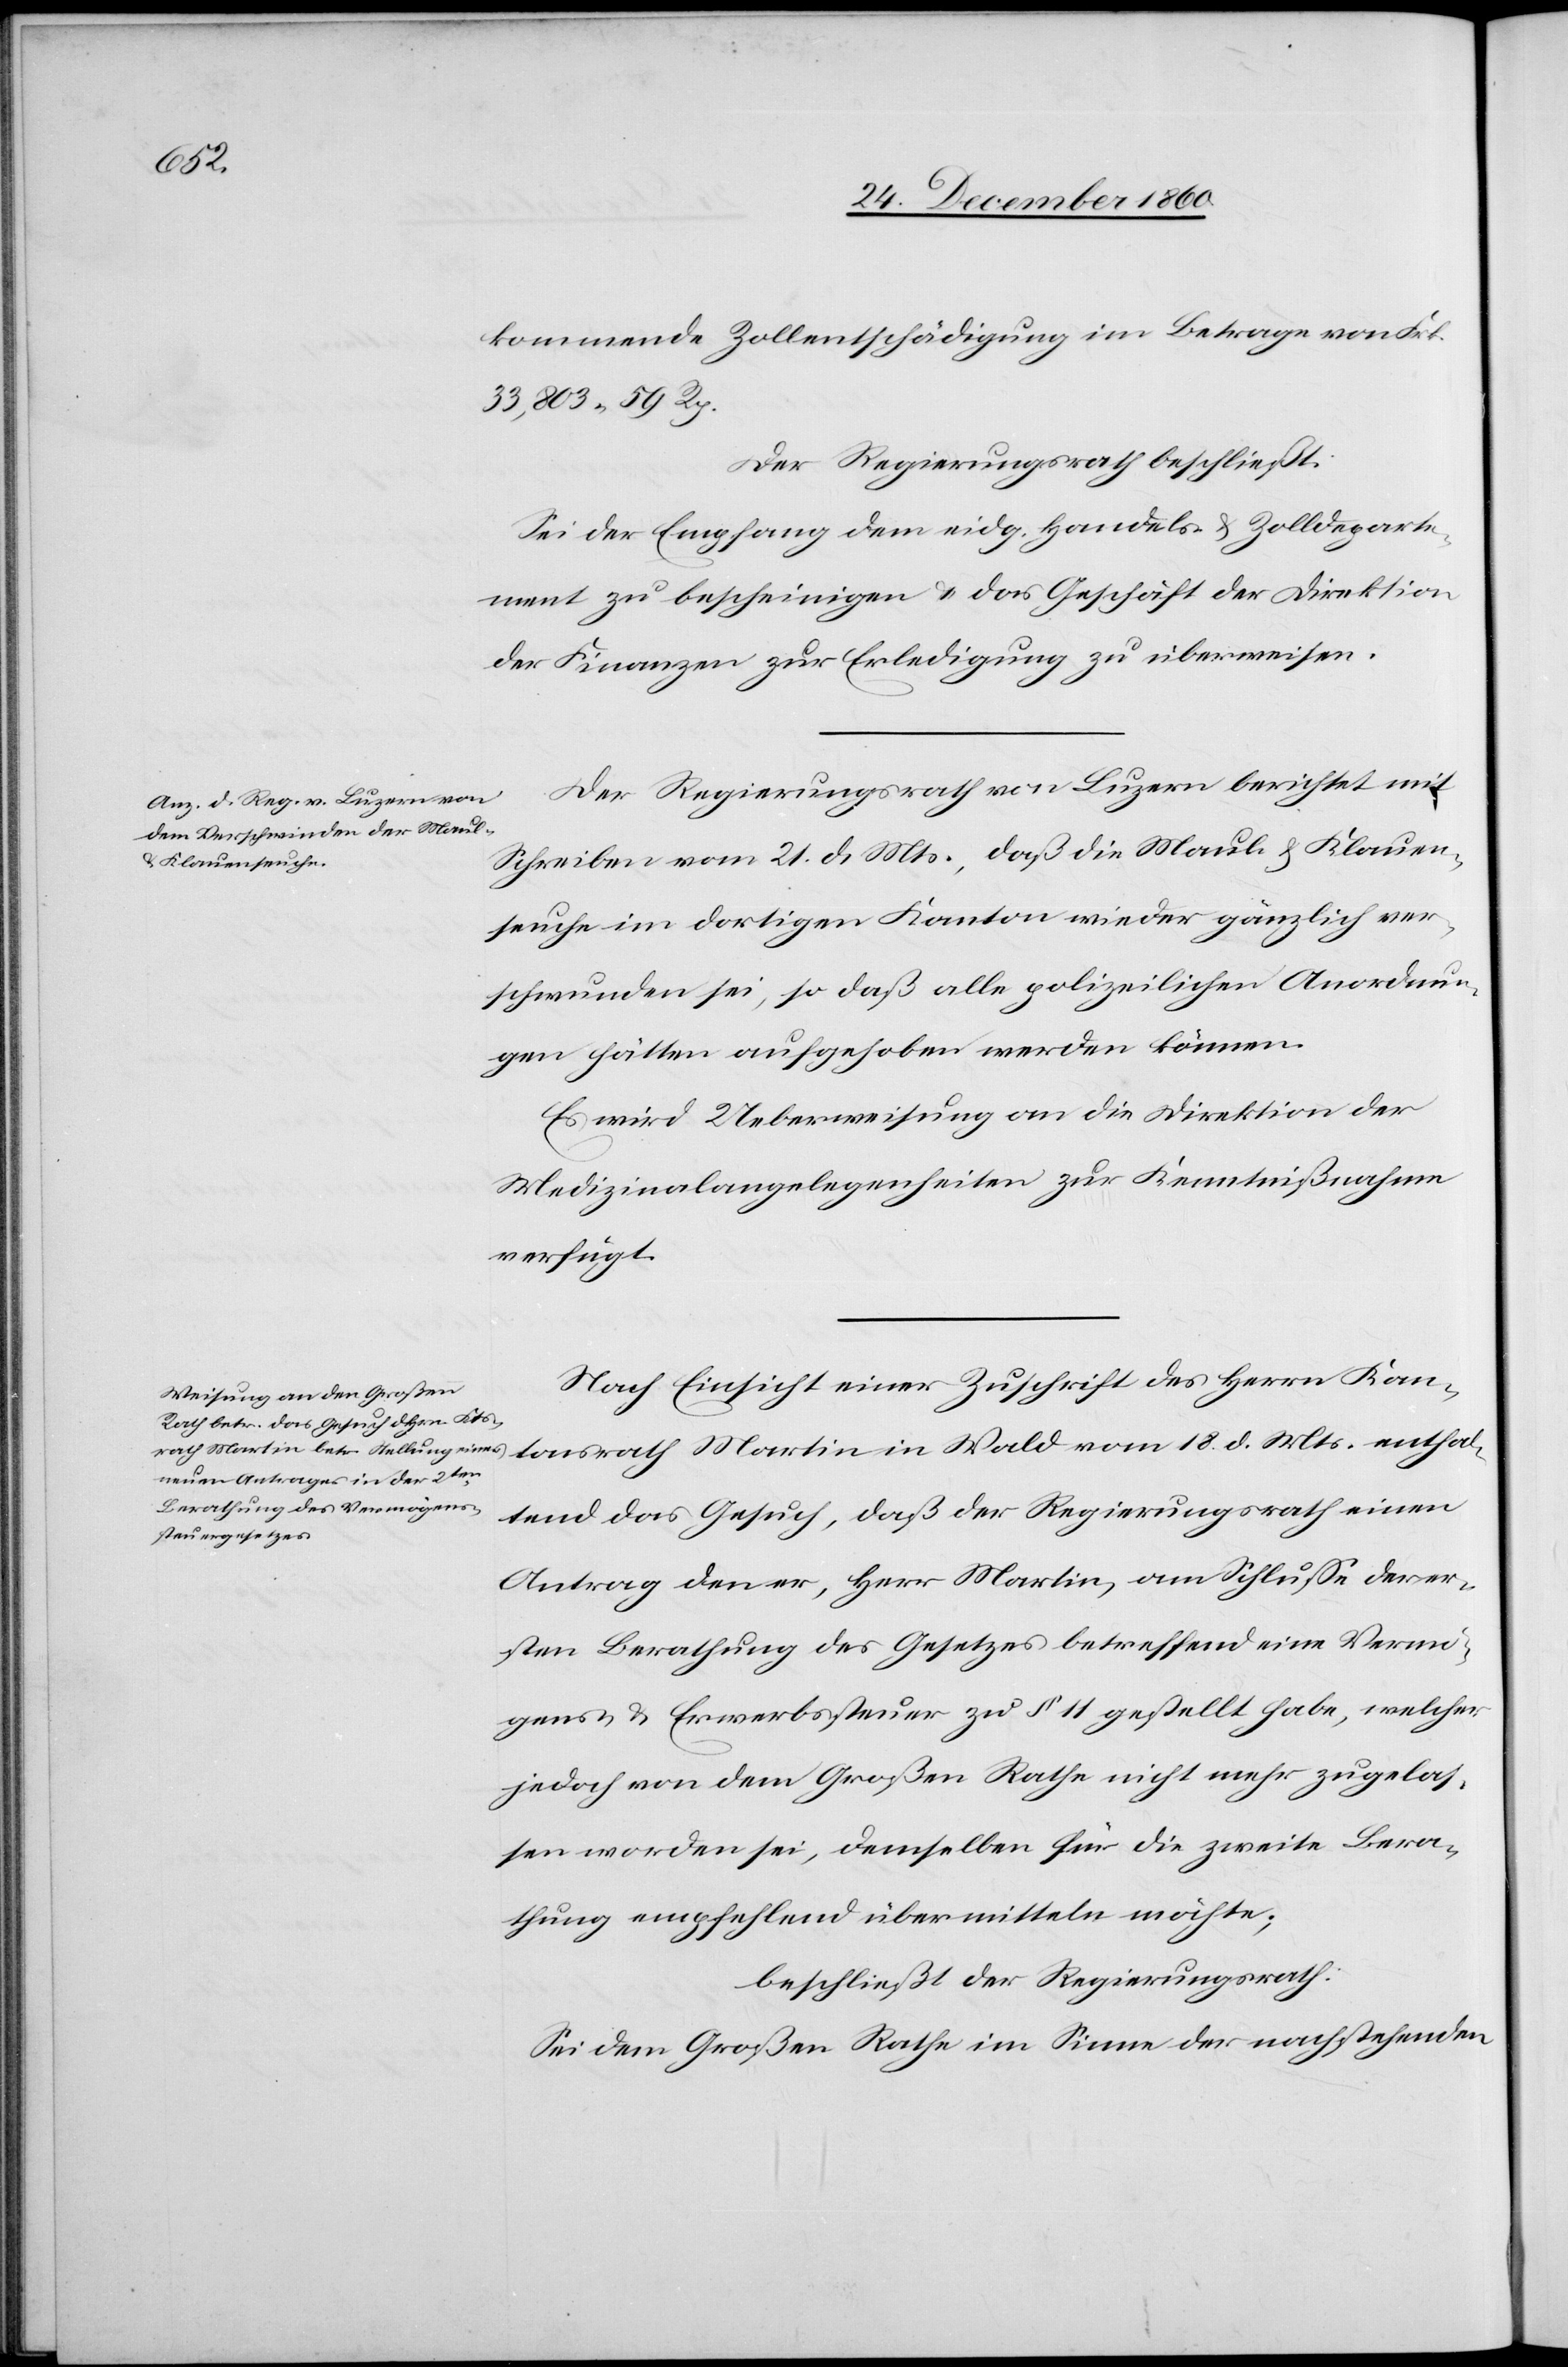
enthal¬
kommende Zollentschädigung im Betrage von Frk.
33,803 59 Rp.
Der Regierungsrath beschließt:
Sei der Empfang dem eidg. Handels- u. Zolldeparte¬
ment zu bescheinigen u. das Geschäft der Direktion
der Finanzen zur Erledigung zu überweisen.
Der Regierungsrath von Luzern berichtet mit
Schreiben vom 21. d. Mts., daß die Maul- u. Klauen¬
seuche im dortigen Kanton wieder gänzlich ver¬
schwunden sei, so daß alle polizeilichen Anordnun¬
gen hätten aufgehoben werden können.
Es wird Ueberweisung an die Direktion der
Medizinalangelegenheiten zur Kenntnißnahme
verfügt.
Nach Einsicht einer Zuschrift des Herrn Kan¬
tend das Gesuch, daß der Regierungsrath einen
Antrag den er, Herr Martin, am Schlusse der er¬
sten Berathung des Gesetzes betreffend eine Vermö¬
gens- u. Erwerbssteuer zu § 11 gestellt habe, welcher
jedoch von dem Großen Rathe nicht mehr zugelas¬
sen worden sei, demselben für die zweite Bera¬
thung empfehlend übermitteln möchte,
beschließt der Regierungsrath
Sei dem Großen Rathe im Sinne der nachstehenden